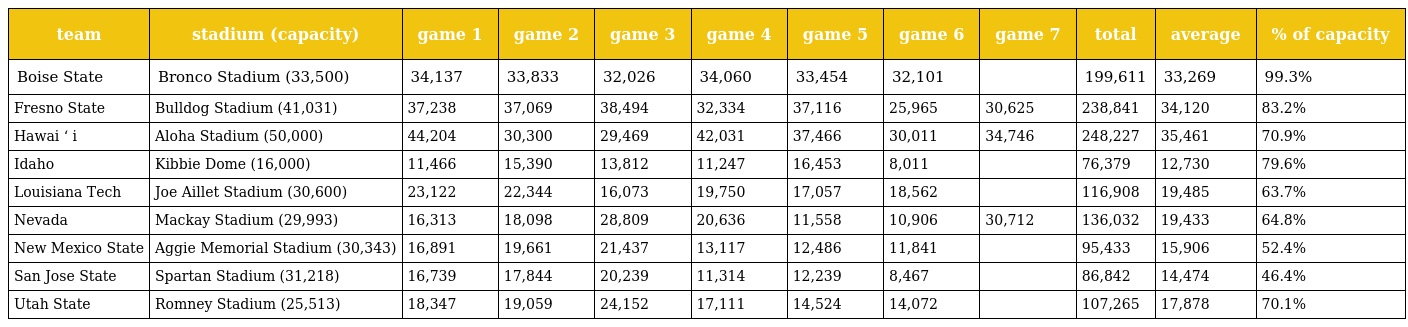
| team | stadium (capacity) | game 1 | game 2 | game 3 | game 4 | game 5 | game 6 | game 7 | total | average | % of capacity |
 | --- | --- | --- | --- | --- | --- | --- | --- | --- | --- | --- | --- |
 | Boise State | Bronco Stadium (33,500) | 34,137 | 33,833 | 32,026 | 34,060 | 33,454 | 32,101 |  | 199,611 | 33,269 | 99.3% |
 | Fresno State | Bulldog Stadium (41,031) | 37,238 | 37,069 | 38,494 | 32,334 | 37,116 | 25,965 | 30,625 | 238,841 | 34,120 | 83.2% |
 | Hawai ʻ i | Aloha Stadium (50,000) | 44,204 | 30,300 | 29,469 | 42,031 | 37,466 | 30,011 | 34,746 | 248,227 | 35,461 | 70.9% |
 | Idaho | Kibbie Dome (16,000) | 11,466 | 15,390 | 13,812 | 11,247 | 16,453 | 8,011 |  | 76,379 | 12,730 | 79.6% |
 | Louisiana Tech | Joe Aillet Stadium (30,600) | 23,122 | 22,344 | 16,073 | 19,750 | 17,057 | 18,562 |  | 116,908 | 19,485 | 63.7% |
 | Nevada | Mackay Stadium (29,993) | 16,313 | 18,098 | 28,809 | 20,636 | 11,558 | 10,906 | 30,712 | 136,032 | 19,433 | 64.8% |
 | New Mexico State | Aggie Memorial Stadium (30,343) | 16,891 | 19,661 | 21,437 | 13,117 | 12,486 | 11,841 |  | 95,433 | 15,906 | 52.4% |
 | San Jose State | Spartan Stadium (31,218) | 16,739 | 17,844 | 20,239 | 11,314 | 12,239 | 8,467 |  | 86,842 | 14,474 | 46.4% |
 | Utah State | Romney Stadium (25,513) | 18,347 | 19,059 | 24,152 | 17,111 | 14,524 | 14,072 |  | 107,265 | 17,878 | 70.1% |